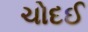
ચોદઈ